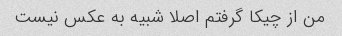
من از چیکا گرفتم اصلا شبیه به عکس نیست